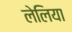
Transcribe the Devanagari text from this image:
लेलिया